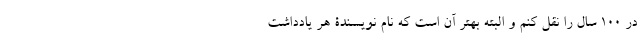
در 100 سال را نقل کنم و البته بهتر آن است که نام نویسندۀ هر یادداشت